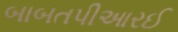
બાબતપીઆરઈ